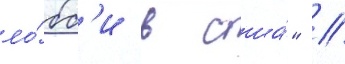
ло́бб'и в сша́" //